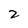
Character: 2